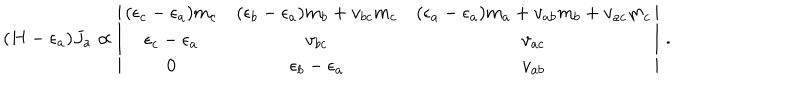
( H - \epsilon _ { a } ) J _ { a } \propto \left| \begin{array} { c c c } { { ( \epsilon _ { c } - \epsilon _ { a } ) m _ { c } } } & { { ( \epsilon _ { b } - \epsilon _ { a } ) m _ { b } + v _ { b c } m _ { c } } } & { { ( \epsilon _ { a } - \epsilon _ { a } ) m _ { a } + v _ { a b } m _ { b } + v _ { a c } m _ { c } } } \\ { { \epsilon _ { c } - \epsilon _ { a } } } & { { v _ { b c } } } & { { v _ { a c } } } \\ { { 0 } } & { { \epsilon _ { b } - \epsilon _ { a } } } & { { v _ { a b } } } \\ \end{array} \right| \, .